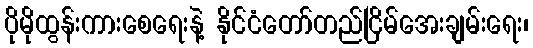
ပိုမိုထွန်းကားစေရေးနဲ့ နိုင်ငံတော်တည်ငြိမ်အေးချမ်းရေး၊